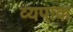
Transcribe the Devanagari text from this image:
व्यपाक